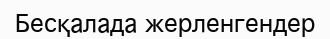
Бесқалада жерленгендер